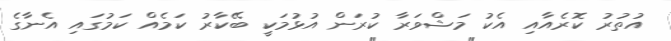
އުތުރު ކޮރެއާއި އެކު މަޝްވަރާ ކުރަން އުޅުމަކީ ބޭކާރު ކަމެއް ކަމުގައި އެނާގެ